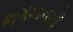
ભગવાનમાઁ